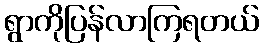
ရွာကိုပြန်လာကြရတယ်